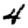
Digit: 4